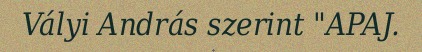
Vályi András szerint "APAJ.